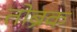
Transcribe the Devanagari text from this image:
तोब्रक